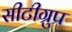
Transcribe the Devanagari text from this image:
सीटीग्रुप